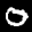
Label: 0